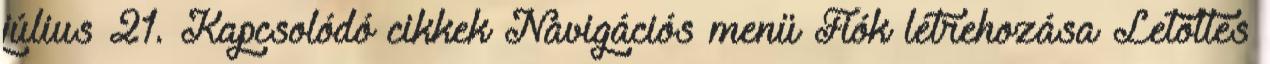
július 21. Kapcsolódó cikkek Navigációs menü Fiók létrehozása Letöltés